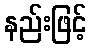
နည်းဖြင့်